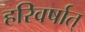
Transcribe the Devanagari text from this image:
हरिवर्षात्